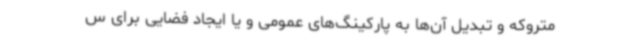
متروکه و تبدیل آن‌ها به پارکینگ‌های عمومی و یا ایجاد فضایی برای س